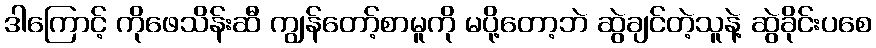
ဒါကြောင့် ကိုဖေသိန်းဆီ ကျွန်တော့်စာမူကို မပို့တော့ဘဲ ဆွဲချင်တဲ့သူနဲ့ ဆွဲခိုင်းပစေ